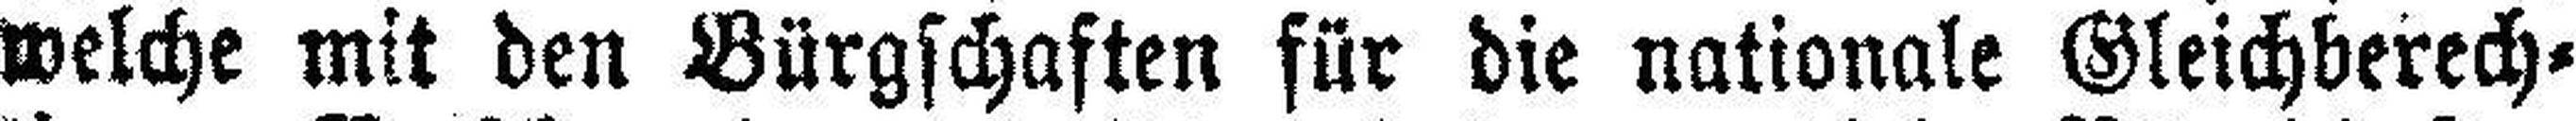
welche mit den Bürgschaften für die nationale Gleichberech¬